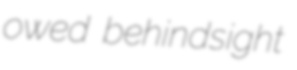
owed behindsight